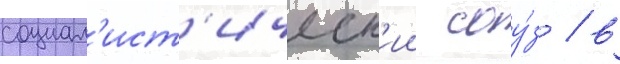
социал'ист'ическ'ии соу́з / в